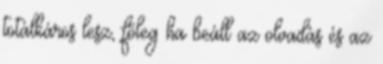
totálkáros lesz, főleg ha beáll az olvadás és az